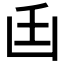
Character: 𠚂